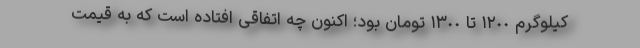
کیلوگرم ١٢٠٠ تا ١٣٠٠ تومان بود؛ اکنون چه اتفاقی افتاده است که به قیمت